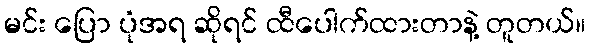
မင်း ပြော ပုံအရ ဆိုရင် ထီပေါက်ထားတာနဲ့ တူတယ်။